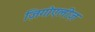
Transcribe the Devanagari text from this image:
ज़िगोएलीज़